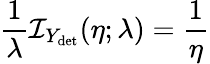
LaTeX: \frac{1}{\lambda}{\mathcal{I}_{Y_{\mathrm{det}}}(\eta;\lambda)}=\frac{1}{\eta}